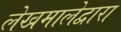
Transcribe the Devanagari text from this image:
लेखमालेद्वारा